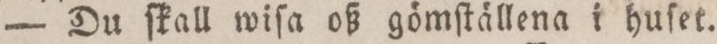
— Du ſkall wiſa oß gömſtällena i huſet.